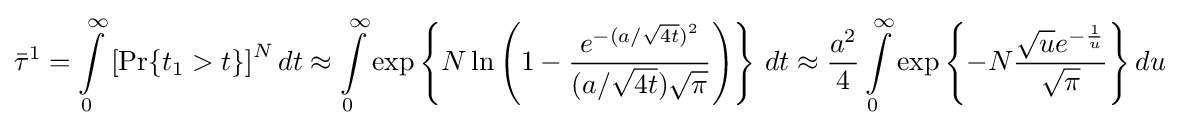
{\bar {\tau }}^{1}=\int \limits \limits _{0}^{\infty }\left[\Pr\{t_{1}>t\}\right]^{N}dt\approx \int \limits \limits _{0}^{\infty }\exp \left\{N\ln \left(1-{\frac {e^{-(a/{\sqrt {4t}})^{2}}}{(a/{\sqrt {4t}}){\sqrt {\pi }}}}\right)\right\}\,dt\approx {\frac {a^{2}}{4}}\int \limits \limits _{0}^{\infty }\exp \left\{-N{\frac {{\sqrt {u}}e^{-{\frac {1}{u}}}}{\sqrt {\pi }}}\right\}du